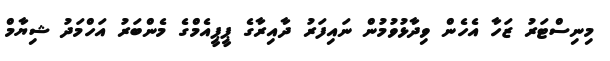
މިނިސްޓަރު ޒަހާ އެހެން ވިދާޅުވުމުން ނައިފަރު ދާއިރާގެ ޕީޕީއެމްގެ މެންބަރު އަހްމަދު ޝިޔާމް